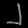
Digit: ၂